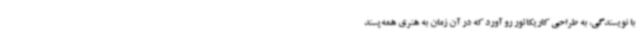
با نویسندگی، به طراحی کاریکاتور رو آورد که در آن زمان به هنری همه‌پسند